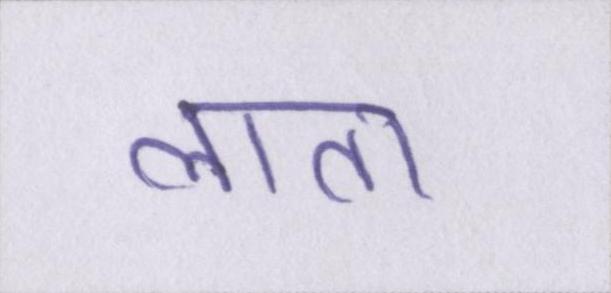
लाता